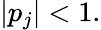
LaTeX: |p_{j}|<1.